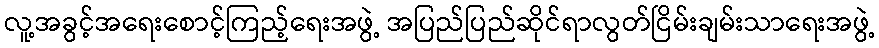
လူ့အခွင့်အရေးစောင့်ကြည့်ရေးအဖွဲ့ အပြည်ပြည်ဆိုင်ရာလွတ်ငြိမ်းချမ်းသာရေးအဖွဲ့